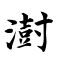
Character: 澍